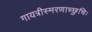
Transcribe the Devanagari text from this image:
गायत्रीस्मरणाच्छुचिः